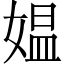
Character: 媪